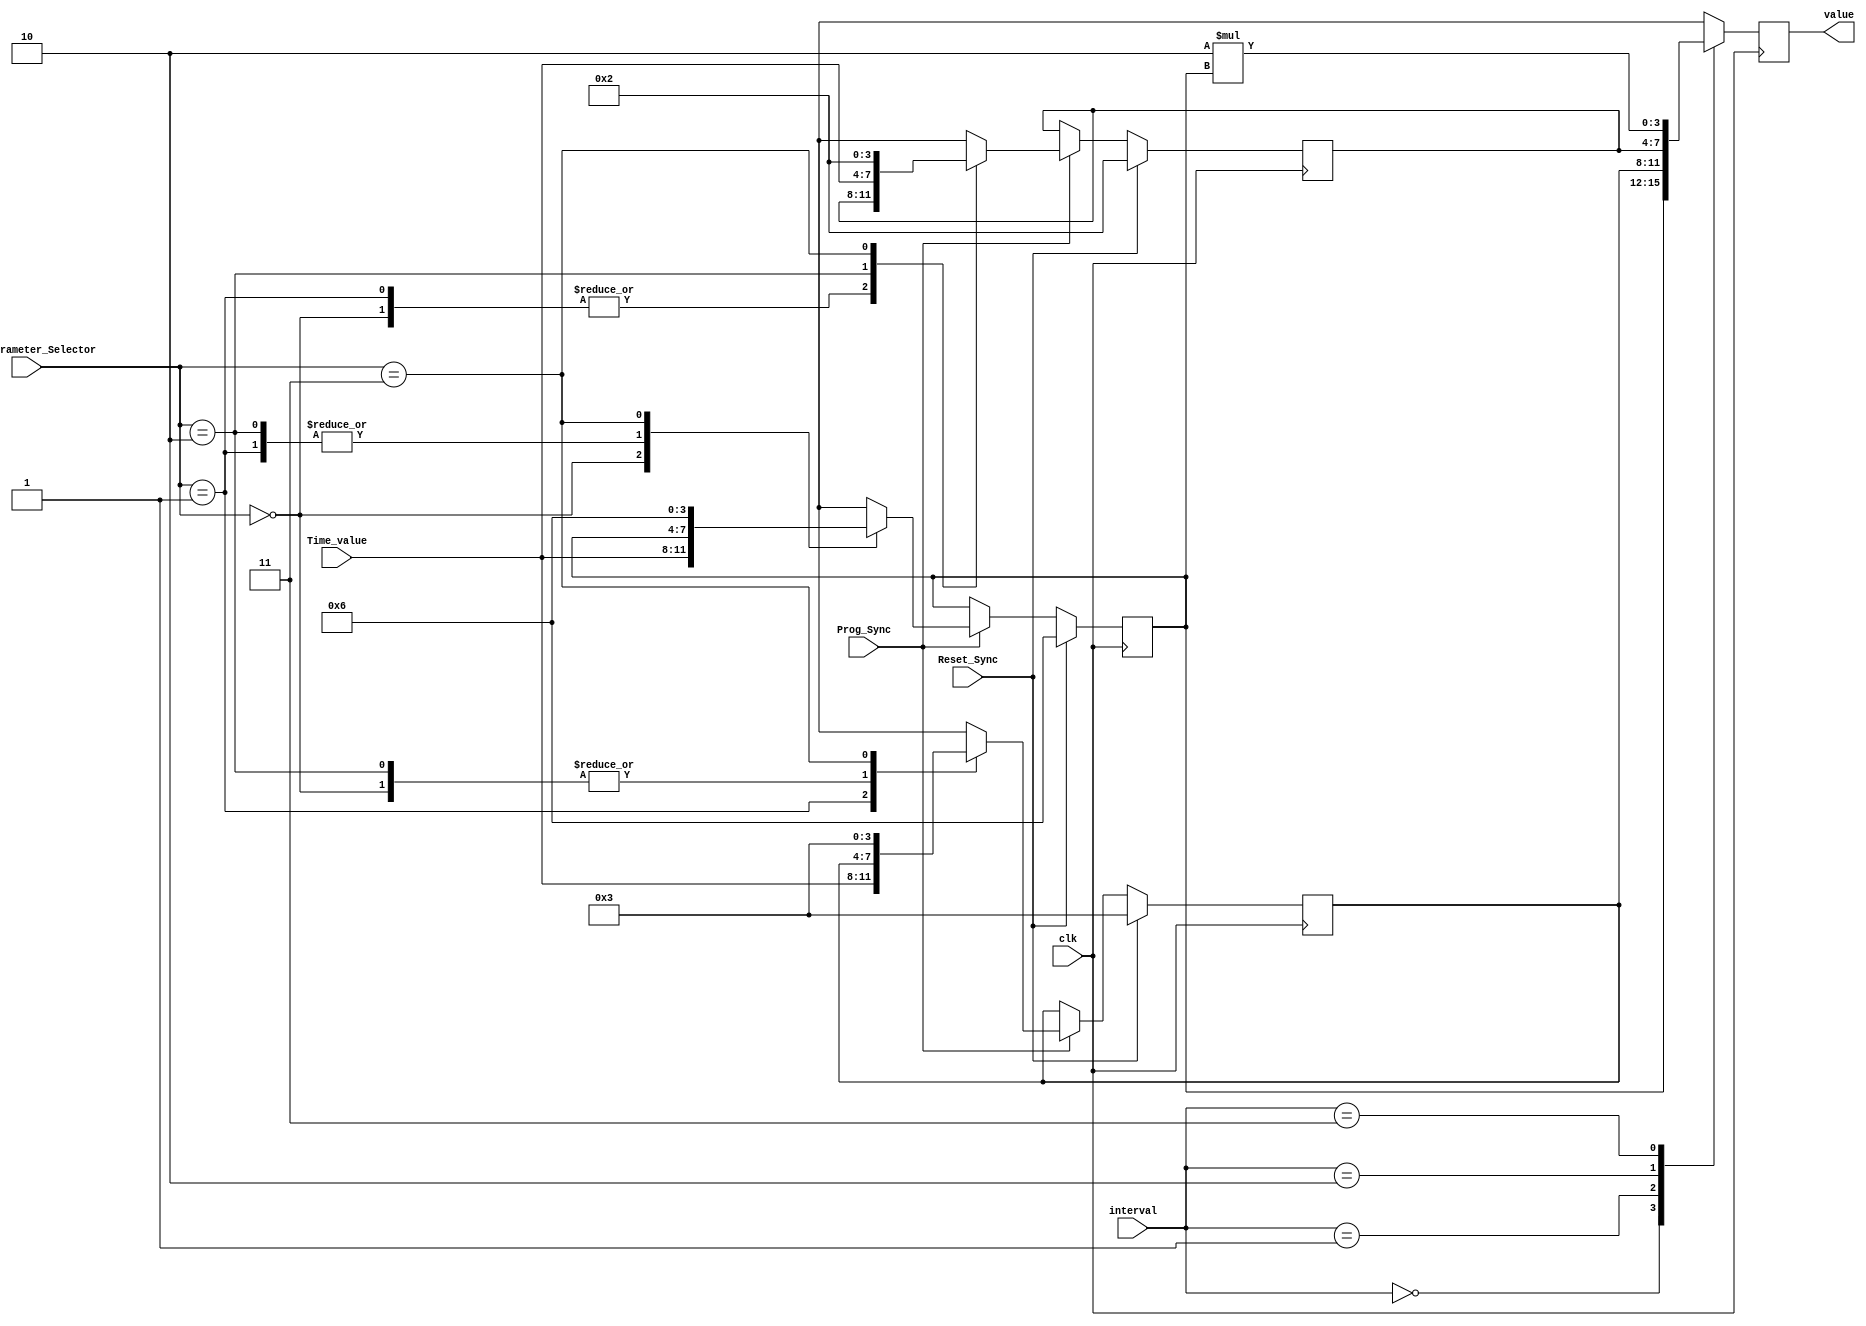
`timescale 1ns / 1ps
//`timescale 1us / 1ns
//////////////////////////////////////////////////////////////////////////////////
// Company: 
// Engineer: 
// 
// Design Name: 
// Module Name: TimeParameter
// Project Name: 
// Target Devices: 
// Tool Versions: 
// Description: 
// 
// Dependencies: 
// 
// Revision:
// Revision 0.01 - File Created
// Additional Comments:
// 
//////////////////////////////////////////////////////////////////////////////////


 module TimeParameter(
    input [1:0] Time_Parameter_Selector,
    input [3:0] Time_value,
    input Prog_Sync,
    input Reset_Sync,
	input [1:0] interval,
	input clk,
    output reg [3:0] value
    );
	 
	 reg[3:0] tBASE = 4'b0110,
			  tEXT = 4'b0011,
			  tYEL = 4'b0010;
	     
						 
	always@(posedge clk) begin
	
	case (interval)
		
		2'b00: value = tBASE;
		2'b01: value = tEXT;
		2'b10: value = tYEL;
		2'b11: value = 2*tBASE;
	
	endcase
	if (Prog_Sync) begin
		case (Time_Parameter_Selector) 
			2'b00: tBASE = Time_value;
			2'b01: tEXT = Time_value;
			2'b10: tYEL = Time_value;
			2'b11:
			//case 11 not defined
                begin
                    tBASE = 4'b0110;
                    tEXT = 4'b0011;
                    tYEL = 4'b0010;
                end
		endcase
	end
	if (Reset_Sync) begin
        tBASE = 4'b0110;
        tEXT = 4'b0011;
        tYEL = 4'b0010;
    end
		
	end

	
endmodule